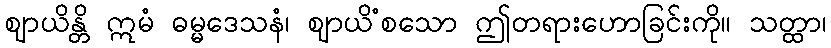
ဈာယိန္တိ ဣမံ ဓမ္မဒေသနံ၊ ဈာယိံစသော ဤတရားဟောခြင်းကို။ သတ္ထာ၊